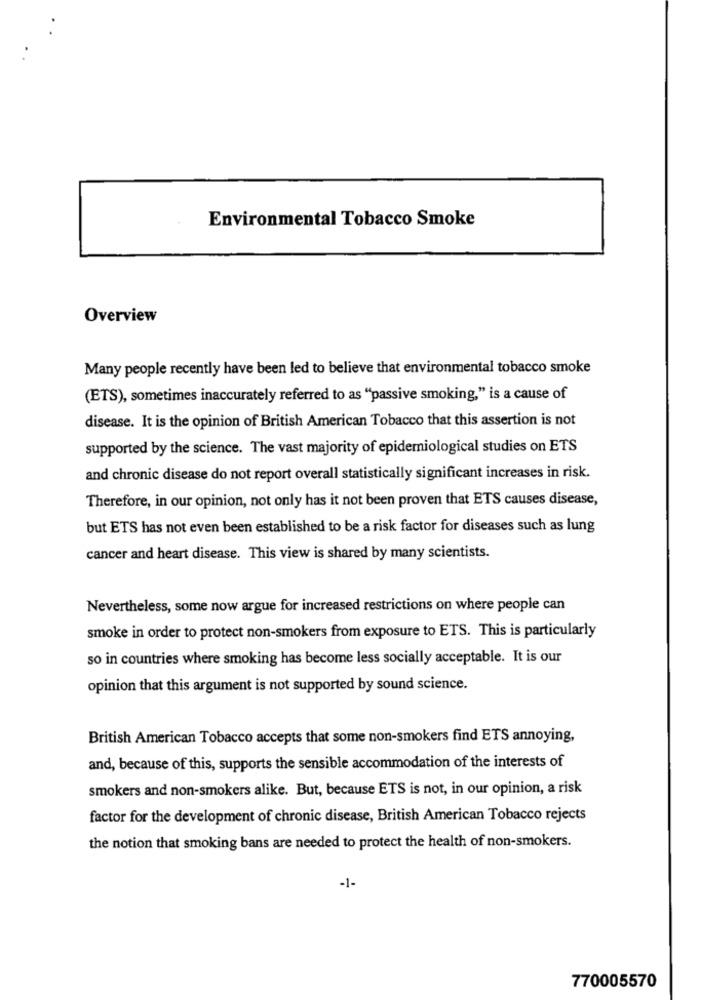
Environmental Tobacco Smoke
Overview
Many people recently have been led to believe that environmental tobacco smoke
(ETS), sometimes inaccurately referred to as "passive smoking," is a cause of
disease. It is the opinion of British American Tobacco that this assertion is not
supported by the science. The vast majority of epidemiological studies on ETS
and chronic disease do not report overall statistically significant increases in risk.
Therefore, in our opinion, not only has it not been proven that ETS causes disease,
but ETS has not even been established to be a risk factor for diseases such as lung
cancer and heart disease. This view is shared by many scientists.
Nevertheless, some now argue for increased restrictions on where people can
smoke in order to protect non-smokers from exposure to ETS. This is particularly
so in countries where smoking has become less socially acceptable. It is our
opinion that this argument is not supported by sound science.
British American Tobacco accepts that some non-smokers find ETS annoying,
and, because of this, supports the sensible accommodation of the interests of
smokers and non-smokers alike. But, because ETS is not, in our opinion, a risk
factor for the development of chronic disease, British American Tobacco rejects
the notion that smoking bans are needed to protect the health of non-smokers.
-1-
770005570